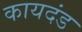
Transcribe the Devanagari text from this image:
कायदंड